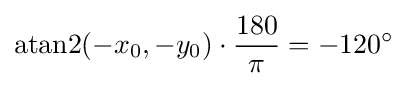
\mathrm {atan2} (-x_{0},-y_{0})\cdot {\frac {180}{\pi }}=-120^{\circ }